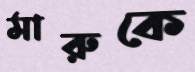
মারুকে